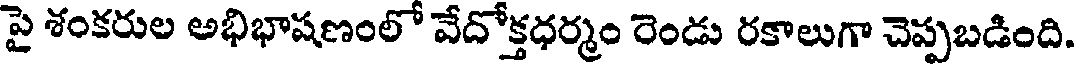
పై శంకరుల అభిభాషణంలో వేదోక్తధర్మం రెండు రకాలుగా చెప్పబడింది.